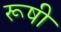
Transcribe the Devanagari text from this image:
रूषी